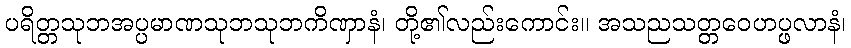
ပရိတ္တသုဘအပ္ပမာဏသုဘသုဘကိဏှာနံ၊ တို့၏လည်းကောင်း။ အသညသတ္တဝေဟပ္ဖလာနံ၊